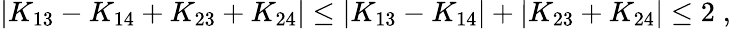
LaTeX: \begin{array}{r}{|K_{13}-K_{14}+K_{23}+K_{24}|\le|K_{13}-K_{14}|+|K_{23}+K_{24}|\le 2\; ,}\end{array}